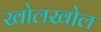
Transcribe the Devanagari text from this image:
खोलखोल